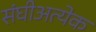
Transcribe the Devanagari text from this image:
संघीअत्येक